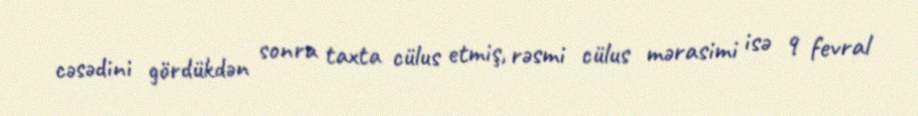
cəsədini gördükdən sonra taxta cülus etmiş, rəsmi cülus mərasimi isə 9 fevral